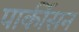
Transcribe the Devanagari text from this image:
पार्कीसन